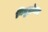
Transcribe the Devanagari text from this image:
विद्युद्रोधन